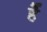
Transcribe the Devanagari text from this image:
हैें